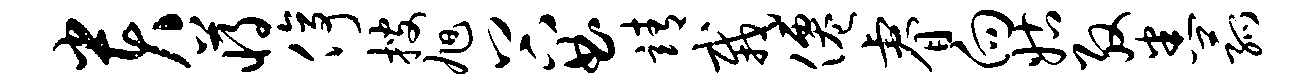
贵蒋停搜旭谷曲靖栽仙睿向姑殷悉菰